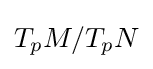
T_{p}M/T_{p}N